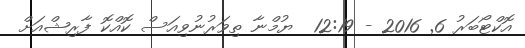
އޮކްޓޯބަރު 6